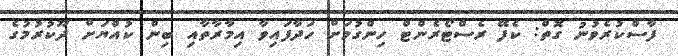
ފާސްކުރެވުނު ގޮތް: ކެފޭ ރެސްޓޯރެންޓް ހިންގުމަށް ހަދާފައިވާ އިމާރާތާއި ބިން ކުއްޔަށް ދޫކުރުމުގެ